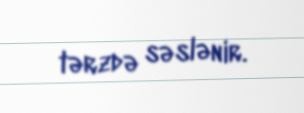
tərzdə səslənir.